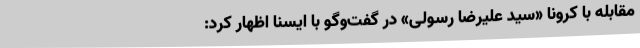
مقابله با کرونا «سید علیرضا رسولی» در گفت‌وگو با ایسنا اظهار کرد: